Lunatic asylums Central Provinces reports 1874-1885 - 1874-1885
Year: 1874
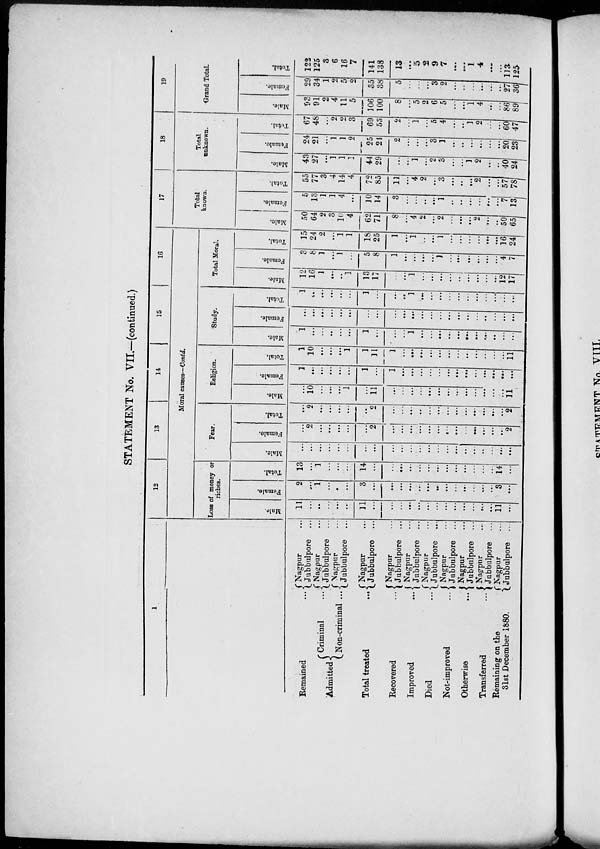
STATEMENT No. VII.—(continued.)
1
Remained
...
Admitted
Criminal
...
Non-criminal ...
Total treated
...
Recovered ...
Improved
...
Died ...
Not-improved
...
Otherwise
...
Transferred ...
Remaining on the
31st December 1880.
Nagpur ...
Jubbulpore ...
Nagpur ...
Jubbulpore ...
Nagpur ...
Jubbulpore ...
Nagpur ...
Jubbulpore ...
Nagpur ...
Jubbulpore ...
Nagpur ...
Jubbulpore ...
Nagpur ...
Jubbulpore ...
Nagpur ...
Jubbulpore ...
Nagpur ...
Jubbulpore ...
Nagpur ...
Jubbulpore ...
Nagpur ...
Jubbulpore ...
12
13
14
15
16
Moral causes—Contd.
Loss of money or
riches.
Male.
11
...
...
...
...
...
11
...
...
...
...
...
...
...
...
...
...
...
...
...
11
...
Female.
2
...
1
...
...
...
3
...
...
...
...
...
...
...
...
...
...
...
...
...
3
...
Total.
13
...
1
...
...
...
14
...
...
...
...
...
...
...
...
...
...
...
...
...
14
...
Fear.
Male.
...
...
...
...
...
...
...
...
...
...
...
...
...
...
...
...
...
...
...
...
...
...
Female.
...
2
...
...
...
...
...
2
...
...
...
...
...
...
...
...
...
...
...
...
...
2
Total.
...
2
...
...
...
...
...
2
...
...
...
...
...
...
...
...
...
...
...
...
...
2
Religion.
Male.
...
10
...
...
...
1
...
11
...
...
...
...
...
...
...
...
...
...
...
...
...
11
Female.
1
...
...
...
...
...
1
...
1
...
...
...
...
...
...
...
...
...
...
...
...
...
Total.
1
10
...
...
...
1
1
11
1
...
...
...
...
...
...
...
...
...
...
...
...
11
Study.
Male.
1
...
...
...
...
...
1
...
...
...
1
...
...
...
...
...
...
...
...
...
...
...
Female.
...
...
...
...
...
...
...
...
...
...
...
...
...
...
...
...
...
...
...
...
...
...
Total.
1
...
...
...
...
...
1
...
...
...
1
...
...
...
...
...
...
...
...
...
...
...
Total Moral.
Male.
12
16
1
...
...
1
13
17
...
...
1
...
...
...
...
...
...
...
...
...
12
17
Female.
3
8
1
...
1
...
5
8
1
...
...
...
...
1
...
...
...
...
...
...
4
7
Total.
15
24
2
...
1
1
18
25
1
...
1
...
...
1
...
...
...
...
...
...
16
24
17
Total
known.
Male.
50
64
2
3
10
4
62
71
8
...
4
2
...
2
...
...
...
2
...
...
50
65
Female.
5
13
1
1
4
...
10
14
3
...
...
...
...
1
...
...
...
...
...
...
7
13
Total.
55
77
3
4
14
4
72
85
11
...
4
2
...
3
...
...
...
2
...
...
57
78
18
Total
unknown.
Male.
43
27
...
1
1
1
44
29
...
...
1
...
2
3
...
...
1
2
...
...
40
24
Female.
24
21
...
1
1
2
25
24
2
...
...
...
3
1
...
...
...
...
...
...
20
23
Total.
67
48
...
2
2
3
69
53
2
...
1
...
5
4
...
...
1
2
...
...
60
47
19
Grand Total.
Male.
93
91
2
4
11
5
106
100
8
...
5
2
6
5
...
...
1
4
...
...
86
89
Female.
29
34
1
2
5
2
35
38
5
...
...
...
3
2
...
...
...
...
...
...
27
36
Total.
122
125
3
6
16
7
141
138
13
...
5
2
9
7
...
...
1
4
...
...
113
125